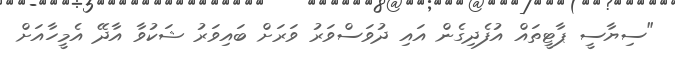
"ސިޔާސީ ޕާޓީތައް އުފެދިގެން އައި ދުވަސްވަރު ވަރަށް ބައިވަރު ޝަކުވާ އާދޭ އެމީހާއަށް